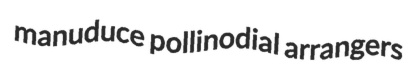
manuduce pollinodial arrangers